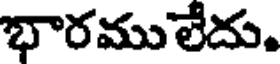
భారములేదు.